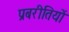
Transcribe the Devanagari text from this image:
प्रबरीतियों